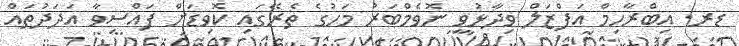
ޑރ. އިބްރާހިމް އަފްޒަލް ވިދާޅުވީ ނޮވެމްބަރު މަހުގެ ތެރޭގައި ކޮވިޑަށް ފައްސިވާ އަދަދުތައް